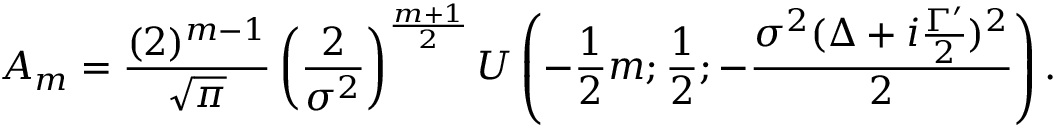
A _ { m } = \frac { ( 2 ) ^ { m - 1 } } { \sqrt { \pi } } \left( \frac { 2 } { \sigma ^ { 2 } } \right) ^ { \frac { m + 1 } { 2 } } U \left( - \frac { 1 } { 2 } m ; \frac { 1 } { 2 } ; - \frac { \sigma ^ { 2 } ( \Delta + i \frac { \Gamma ^ { \prime } } { 2 } ) ^ { 2 } } { 2 } \right) .